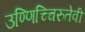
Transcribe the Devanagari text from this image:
उण्णिच्चिरुतेवी